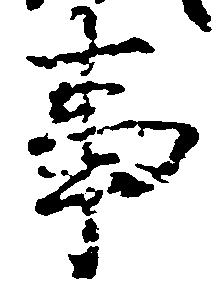
事